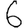
Digit: 6